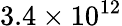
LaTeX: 3.4\times 10^{12}